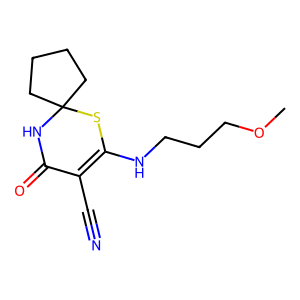
SMILES: COCCCNC1=C(C#N)C(=O)NC2(CCCC2)S1
Inhibits HIV replication: No